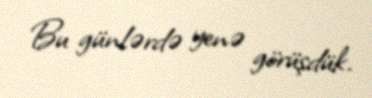
Bu günlərdə yenə görüşdük.